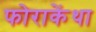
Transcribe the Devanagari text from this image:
फोराकेंथा